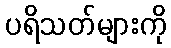
ပရိသတ်များကို